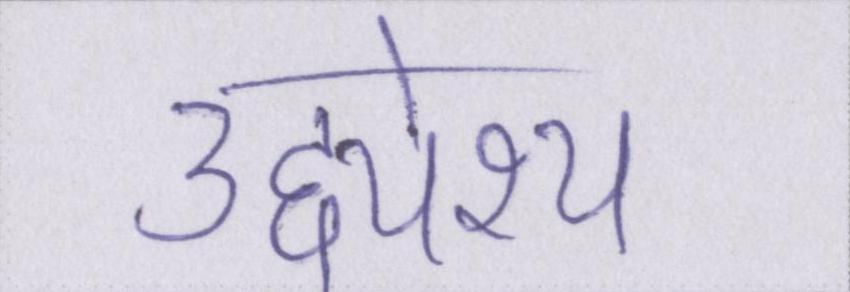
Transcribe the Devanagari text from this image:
उद्द्येश्य